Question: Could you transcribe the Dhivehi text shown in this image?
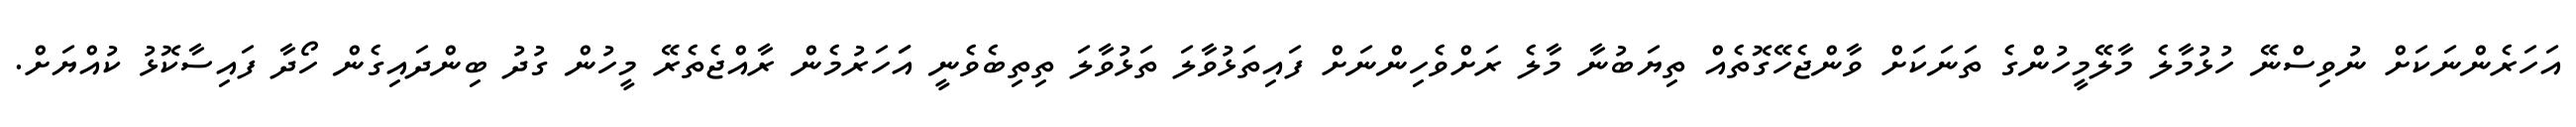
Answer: އަހަރެންނަކަށް ނުވިސްނޭ ހުޅުމާލެ މާލޭމީހުންގެ ތަނަކަށް ވާންޖެހޭގޮތެއް ތިޔަބުނާ މާލެ ރަށްވެހިންނަށް ފައިތަޅުވާލަ ތަޅުވާލަ ތިތިބެވެނީ އަަހަރުމެން ރާއްޖެތެރޭ މީހުން ގުދު ބިންދައިގެން ހޯދާ ފައިސާކޮޅު ކުއްޔަށް.